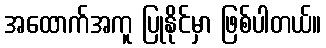
အထောက်အကူ ပြုနိုင်မှာ ဖြစ်ပါတယ်။